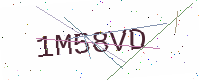
Text: 1M58VD